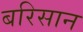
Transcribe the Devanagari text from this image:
बरिसान